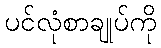
ပင်လုံစာချုပ်ကို